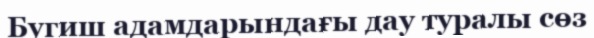
Бугиш адамдарындағы дау туралы сөз